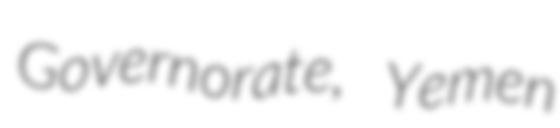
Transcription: Governorate, Yemen